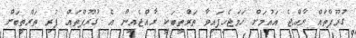
ގުރޫޕްތައް ރާއްޖެ އައުމަށް ހަމަޖެހިފައިވާ ތަރްތީބަކީ ރާއްޖެއިން އެ ގުރޫޕްތައް ފުރި ތަރްތީބަށް